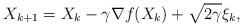
LaTeX: \begin{align*}X_{k+1}=X_k-\gamma\nabla f(X_k)+\sqrt{2\gamma}\xi_k, \end{align*}